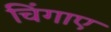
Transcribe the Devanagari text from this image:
चिंगाए